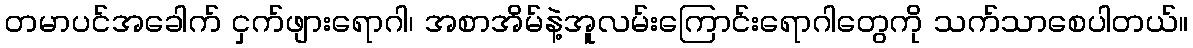
တမာပင်အခေါက် ငှက်ဖျားရောဂါ၊ အစာအိမ်နဲ့အူလမ်းကြောင်းရောဂါတွေကို သက်သာစေပါတယ်။